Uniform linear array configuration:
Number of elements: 64
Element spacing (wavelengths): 0.75
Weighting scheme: hann
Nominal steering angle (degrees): -60
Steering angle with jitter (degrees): -61.61
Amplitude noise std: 0.05
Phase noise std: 0.05

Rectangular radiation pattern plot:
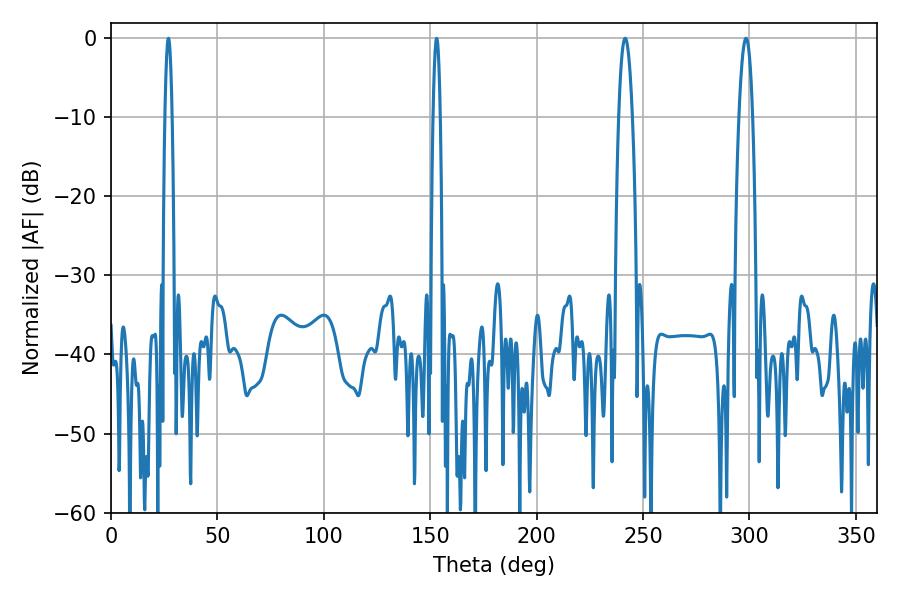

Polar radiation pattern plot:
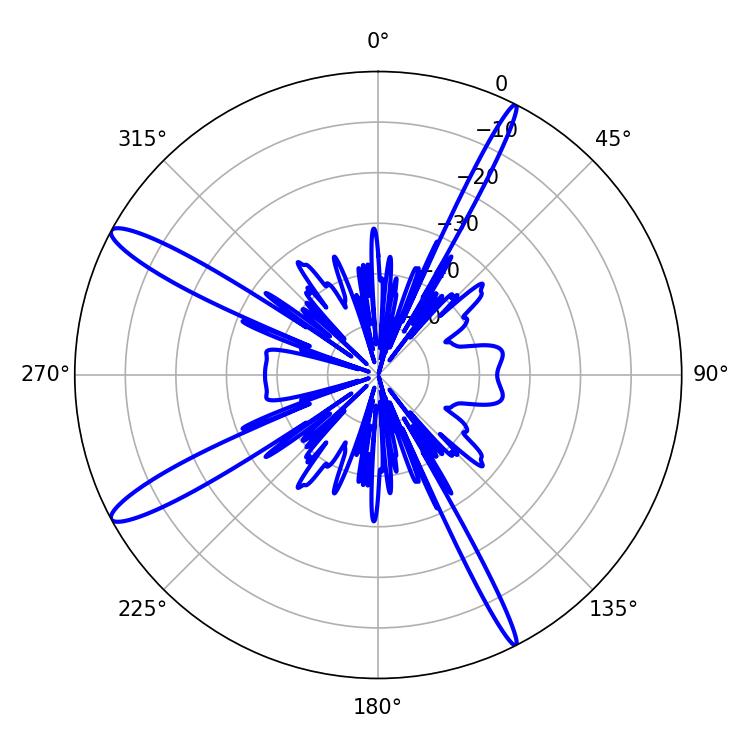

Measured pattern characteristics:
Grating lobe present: TRUE
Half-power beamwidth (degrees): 1.8
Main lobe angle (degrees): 27